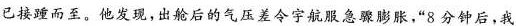
已接踵而至。他发现，出舱后的气压差令宇航服膨胀，”8分钟后，我